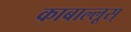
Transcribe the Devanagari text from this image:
काबाल्लूस्